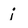
Character: j